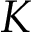
K